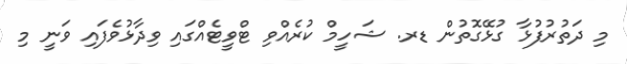
މި ދަތުރުފުޅާ ގުޅޭގޮތުން ޑރ. ޝަހީމް ކުރެއްވި ޓްވީޓެއްގައި ވިދާޅުވެފައި ވަނީ މި